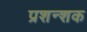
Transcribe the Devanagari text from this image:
प्रशन्शक